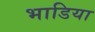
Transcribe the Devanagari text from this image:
भाडिया